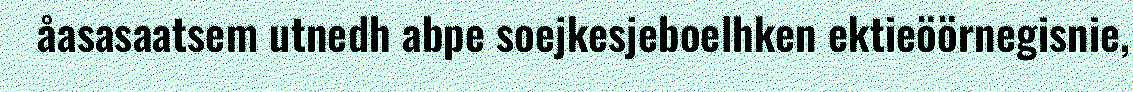
åasasaatsem utnedh abpe soejkesjeboelhken ektieöörnegisnie,